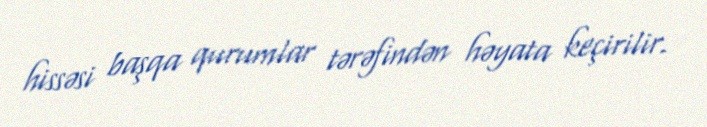
hissəsi başqa qurumlar tərəfindən həyata keçirilir.